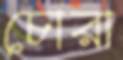
চোরা